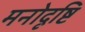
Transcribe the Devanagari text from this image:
मनोदृष्टि